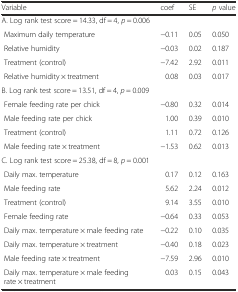
<table><thead><tr><td><b>Variable</b></td><td><b>coef</b></td><td><b>SE</b></td><td><b><i>p</i> value</b></td></tr></thead><tbody><tr><td>A. Log rank test score = 14.33, df = 4, <i>p</i> = 0.006</td><td></td><td></td><td></td></tr><tr><td> Maximum daily temperature</td><td>−0.11</td><td>0.05</td><td>0.050</td></tr><tr><td> Relative humidity</td><td>−0.03</td><td>0.02</td><td>0.187</td></tr><tr><td> Treatment (control)</td><td>−7.42</td><td>2.92</td><td>0.011</td></tr><tr><td> Relative humidity × treatment</td><td>0.08</td><td>0.03</td><td>0.017</td></tr><tr><td>B. Log rank test score = 13.51, df = 4, <i>p</i> = 0.009</td><td></td><td></td><td></td></tr><tr><td> Female feeding rate per chick</td><td>−0.80</td><td>0.32</td><td>0.014</td></tr><tr><td> Male feeding rate per chick</td><td>1.00</td><td>0.39</td><td>0.010</td></tr><tr><td> Treatment (control)</td><td>1.11</td><td>0.72</td><td>0.126</td></tr><tr><td> Male feeding rate × treatment</td><td>−1.53</td><td>0.62</td><td>0.013</td></tr><tr><td>C. Log rank test score = 25.38, df = 8, <i>p</i> = 0.001</td><td></td><td></td><td></td></tr><tr><td> Daily max. temperature</td><td>0.17</td><td>0.12</td><td>0.163</td></tr><tr><td> Male feeding rate</td><td>5.62</td><td>2.24</td><td>0.012</td></tr><tr><td> Treatment (control)</td><td>9.14</td><td>3.55</td><td>0.010</td></tr><tr><td> Female feeding rate</td><td>−0.64</td><td>0.33</td><td>0.053</td></tr><tr><td> Daily max. temperature × male feeding rate</td><td>−0.22</td><td>0.10</td><td>0.035</td></tr><tr><td> Daily max. temperature × treatment</td><td>−0.40</td><td>0.18</td><td>0.023</td></tr><tr><td> Male feeding rate × treatment</td><td>−7.59</td><td>2.96</td><td>0.010</td></tr><tr><td> Daily max. temperature × male feeding rate × treatment</td><td>0.03</td><td>0.15</td><td>0.043</td></tr></tbody></table>